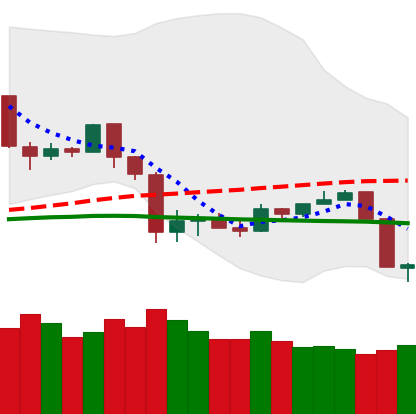
Ticker: TRX-USD
Chart end date: 2020-03-09
Forward return: -34.868%
Label: down_7plus